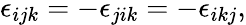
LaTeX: \epsilon_{ijk}=-\epsilon_{jik}=-\epsilon_{ikj},